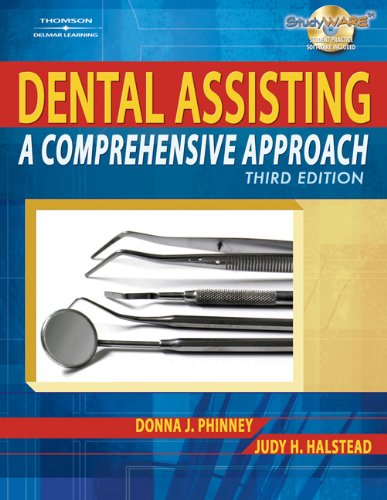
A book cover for Dental Assisting: A Comprehensive Approach; Donna J. Phinney; Medical Books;